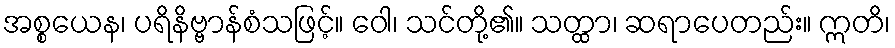
အစ္စယေန၊ ပရိနိဗ္ဗာန်စံသဖြင့်။ ဝေါ၊ သင်တို့၏။ သတ္ထာ၊ ဆရာပေတည်း။ ဣတိ၊